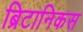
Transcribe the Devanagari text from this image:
ब्रिटानिकस